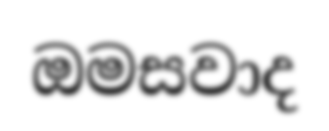
ඔමසවාද